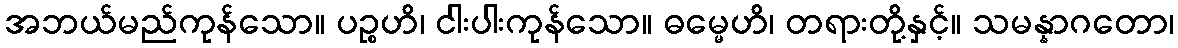
အဘယ်မည်ကုန်သော။ ပဉ္စဟိ၊ ငါးပါးကုန်သော။ ဓမ္မေဟိ၊ တရားတို့နှင့်။ သမန္နာဂတော၊